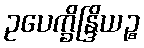
ဥပေက္ခိန္ဒြိယဉ္စ